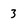
Character: 3